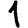
Digit: 1